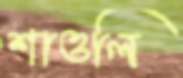
শাওলি